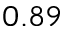
0 . 8 9